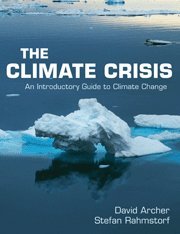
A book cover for The Climate Crisis: An Introductory Guide to Climate Change; David Archer; Science & Math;